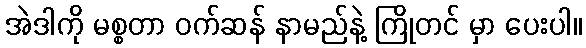
အဲဒါကို မစ္စတာ ဝက်ဆန် နာမည်နဲ့ ကြိုတင် မှာ ပေးပါ။